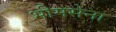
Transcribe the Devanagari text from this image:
भीमसेना